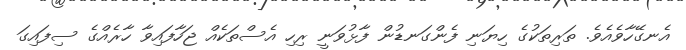
އެނގޭހާވެއެވެ. ތަރިތަކުގެ ހިޔަނި ފެންގަނޑުން ފާޅުވަނީ ރިހި އެސްތަކެއް ޖަހާފައިވާ ހާރެއްގެ ސިފައިގަ